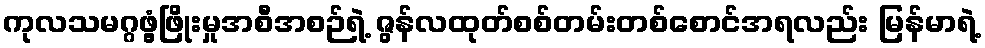
ကုလသမဂ္ဂဖွံ့ဖြိုးမှုအစီအစဉ်ရဲ့ ဇွန်လထုတ်စစ်တမ်းတစ်စောင်အရလည်း မြန်မာရဲ့